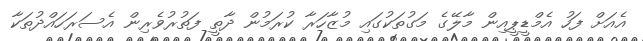
އެއަށް ފަހު އެމްޑީޕީއިން މާލޭގެ މަގުތަކުގައި މުޒާހަރާ ކުރަމުން ދާތީ ފަތުރުވެރިން އެސަރަހައްދުތަކާ